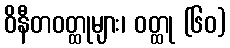
ဝိနီတဝတ္ထုများ၊ ဝတ္ထု (၆၀)